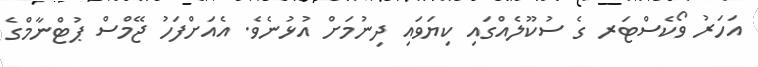
އަހަރު ވޯކެސްޓަރ ގެ ސުކޫލެއްގައި ކިޔަވައި ދިނުމަށް އުޅުނެވެ. އެއަށްފަހު ޖޭމްސް ޕުޓްނާމްގެ